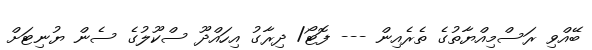
ބޭއްވި ރަސްމިއްޔާތުގެ ތެރެއިން --- ފޮޓޯ/ ދިރާގު އިހައްދޫ ސްކޫލުގެ ސެން ޔުނިޓަށް